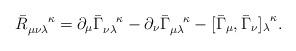
LaTeX: \begin{align*}{{\bar{R}}_{\mu\nu\lambda}}^{\;\;\;\;\;\;\kappa} = \partial_\mu{ \bar{\Gamma }}_{\nu\lambda}^ {\;\;\;\;\kappa} - \partial_\nu{\bar{\Gamma}}_{\mu\lambda}^{\;\;\;\;\kappa}- [\bar{\Gamma}_\mu , \bar{\Gamma}_\nu {]_\lambda}^\kappa.\end{align*}